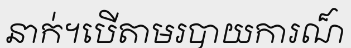
នាក់។បើតាមរបាយការណ៏